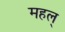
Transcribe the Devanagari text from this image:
महल्